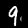
Label: 9